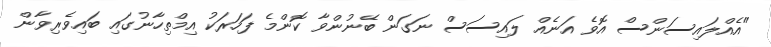
"އެއްލައިސަންސް އޮވެ އަނެއް ލައިސަސް ނަގަން ބޭނުންވާ ކޮންމެ ފަހަރަކު އިމްތިހާނުގައި ބައިވެރިވާން